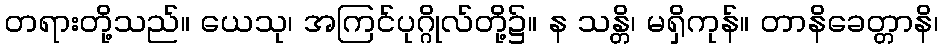
တရားတို့သည်။ ယေသု၊ အကြင်ပုဂ္ဂိုလ်တို့၌။ န သန္တိ၊ မရှိကုန်။ တာနိခေတ္တာနိ၊